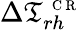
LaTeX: \Delta\mathfrak{T}_{rh}^{\mathrm{{~\scriptsize~C~R~}}}